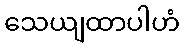
သေယျထာပါဟံ